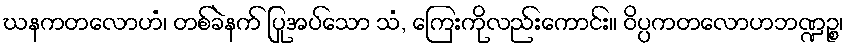
ဃနကတလောဟံ၊ တစ်ခဲနက် ပြုအပ်သော သံ, ကြေးကိုလည်းကောင်း။ ဝိပ္ပကတလောဟဘဏ္ဍဉ္စ၊